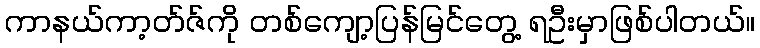
ကာနယ်ကာ့တ်ဇ်ကို တစ်ကျော့ပြန်မြင်တွေ့ ရဦးမှာဖြစ်ပါတယ်။